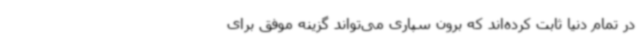
در تمام دنیا ثابت کرده‌اند که برون سپاری می‌تواند گزینه موفق برای